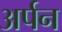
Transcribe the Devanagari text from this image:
अर्पन